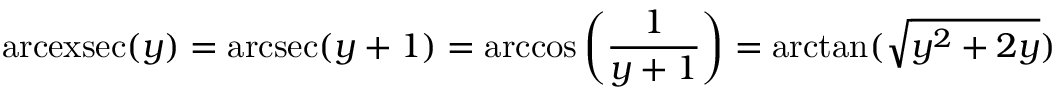
\operatorname { a r c e x s e c } ( y ) = \operatorname { a r c s e c } ( y + 1 ) = \operatorname { a r c c o s } \left( { \frac { 1 } { y + 1 } } \right) = \arctan ( { \sqrt { y ^ { 2 } + 2 y } } )